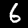
Digit: 6